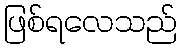
ဖြစ်ရလေသည်